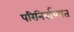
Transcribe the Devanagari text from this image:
परिनिर्वाणात